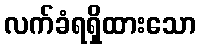
လက်ခံရရှိထားသော